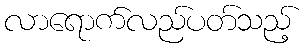
လာရောက်လည်ပတ်သည့်